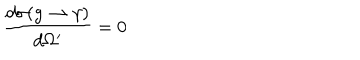
\frac { d \sigma ( g \rightarrow \gamma ) } { d \Omega ^ { \prime } } = 0